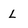
Character: L